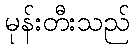
မုန်းတီးသည်